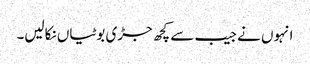
انہوں نے جیب سے کچھ جڑی بوٹیاں نکالیں۔